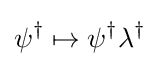
\psi ^{\dagger }\mapsto \psi ^{\dagger }\lambda ^{\dagger }